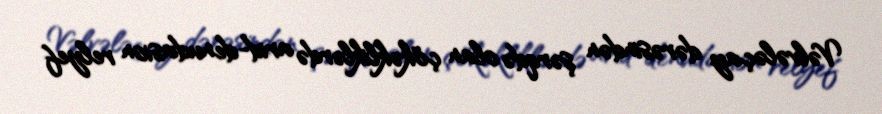
Vəlvələçay dərəsindən şərqdə olan çökəkliklərdə arid-denudasion relyef